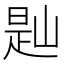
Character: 𡺔